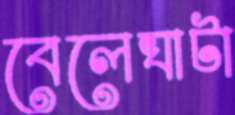
বেলেঘাটা